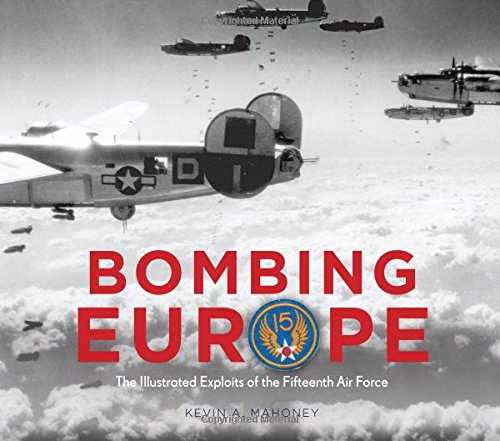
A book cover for Bombing Europe: The Illustrated Exploits of the Fifteenth Air Force; Kevin A. Mahoney; Arts & Photography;